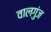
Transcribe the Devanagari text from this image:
वालगुंज